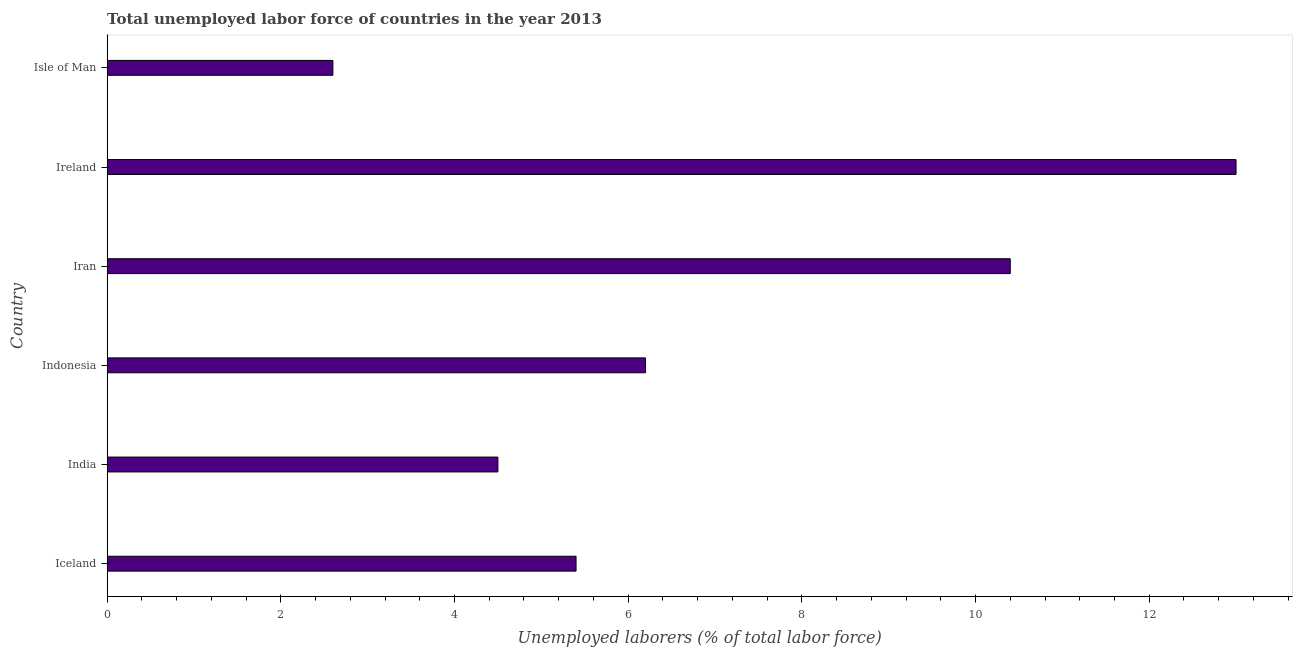
| Country | Unemployment total |
 | --- | --- |
 | Iceland | 5.4 |
 | India | 4.5 |
 | Indonesia | 6.2 |
 | Iran | 10.4 |
 | Ireland | 13 |
 | Isle of Man | 2.6 |